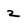
Character: 2